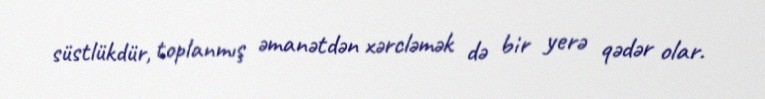
süstlükdür, toplanmış əmanətdən xərcləmək də bir yerə qədər olar.